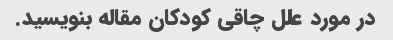
در مورد علل چاقی کودکان مقاله بنویسید.